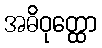
အဓိဝုတ္ထော